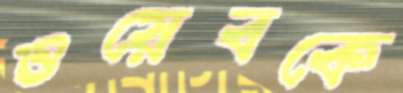
ওয়েবকে